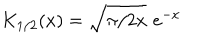
K _ { 1 / 2 } ( x ) = \sqrt { \pi / 2 x } \, \, e ^ { - x }